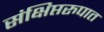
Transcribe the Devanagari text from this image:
संक्षिप्तरुपात